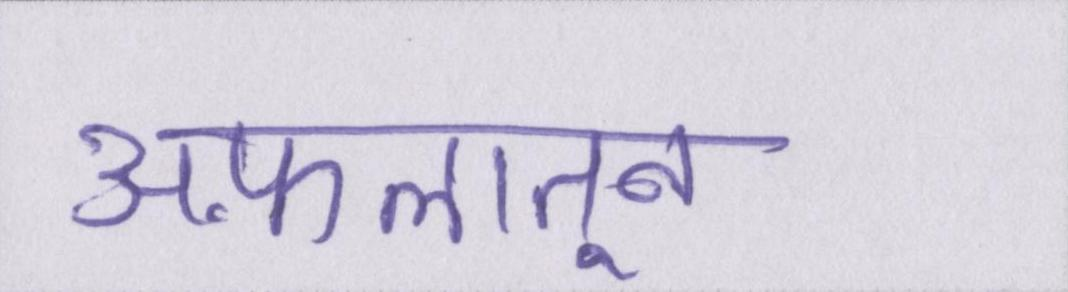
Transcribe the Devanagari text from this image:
अफ़लातून